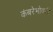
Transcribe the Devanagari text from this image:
कंबरेभोवती